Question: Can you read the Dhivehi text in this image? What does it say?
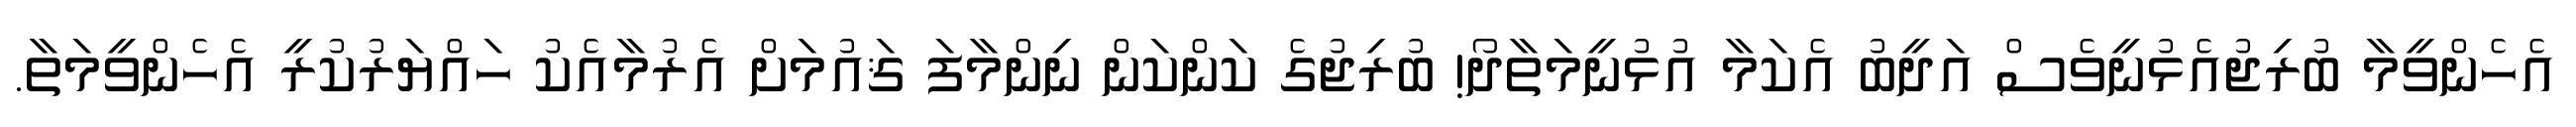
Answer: އެހެންވީމާ ބުރިޖުއެޅުނީވެސް އަދީބު އެކަމާ އުޅުނީމަތާދޯ! ބުރިޖުގެ ކަންކަން ނިންމާފަ ޤައުމަށް އެރުމާއެކު ހައްޔަރުކުރީ އެހެންވީމަތާ.